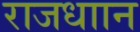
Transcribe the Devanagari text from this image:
राजधाान